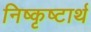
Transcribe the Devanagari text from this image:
निष्कृष्टार्थ